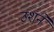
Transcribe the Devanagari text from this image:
उशने